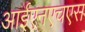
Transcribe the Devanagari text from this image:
आईएनएचएस